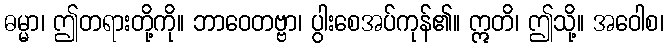
ဓမ္မာ၊ ဤတရားတို့ကို။ ဘာဝေတဗ္ဗာ၊ ပွါးစေအပ်ကုန်၏။ ဣတိ၊ ဤသို့။ အဝေါစ၊